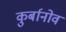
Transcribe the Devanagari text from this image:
कुर्बानोव